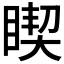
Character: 𱳃